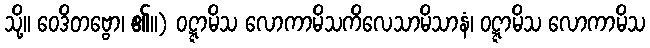
သို့။ ဝေဒိတဗ္ဗော၊ ၏။) ဝဋ္ဋာမိသ လောကာမိသကိလေသာမိသာနံ၊ ဝဋ္ဋာမိသ လောကာမိသ